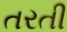
તરતી